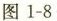
图1-8